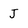
Character: J